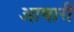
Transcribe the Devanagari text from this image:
आघारी